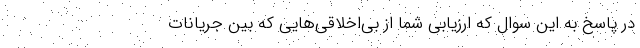
در پاسخ به این سوال که ارزیابی شما از بی‌اخلاقی‌هایی که بین جریانات